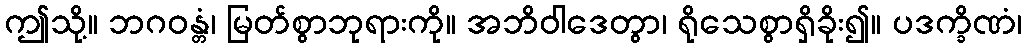
ဤသို့။ ဘဂဝန္တံ၊ မြတ်စွာဘုရားကို။ အဘိဝါဒေတွာ၊ ရိုသေစွာရှိခိုး၍။ ပဒက္ခိဏံ၊